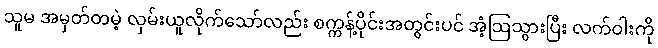
သူမ အမှတ်တမဲ့ လှမ်းယူလိုက်သော်လည်း စက္ကန့်ပိုင်းအတွင်းပင် အံ့ဩသွားပြီး လက်ဝါးကို